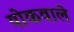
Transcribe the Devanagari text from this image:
योकवाले